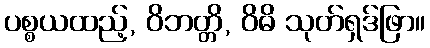
ပစ္စယထည့်, ဝိဘတ္တိ, ဝိဓိ သုတ်ရှဒ်ဖြာ။